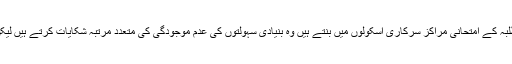
دونوں شہروں حیدرآباد و سکندرآباد میں جن طلبہ کے امتحانی مراکز سرکاری اسکولوں میں بنتے ہیں وہ بنیادی سہولتوں کی عدم موجودگی کی متعدد مرتبہ شکایات کرتے ہیں لیکن ان کی شکایات کی کوئی سنوائی نہیں ہوتی ۔